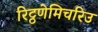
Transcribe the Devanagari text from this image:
रिट्ठणेमिचरिउ